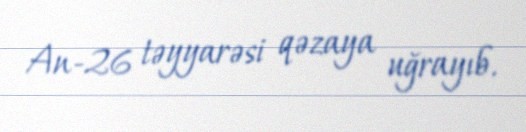
An-26 təyyarəsi qəzaya uğrayıb.